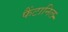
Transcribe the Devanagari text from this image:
फैंटानिल